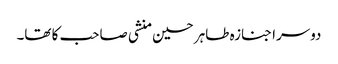
دوسرا جنازہ طاہر حسین منشی صاحب کا تھا۔